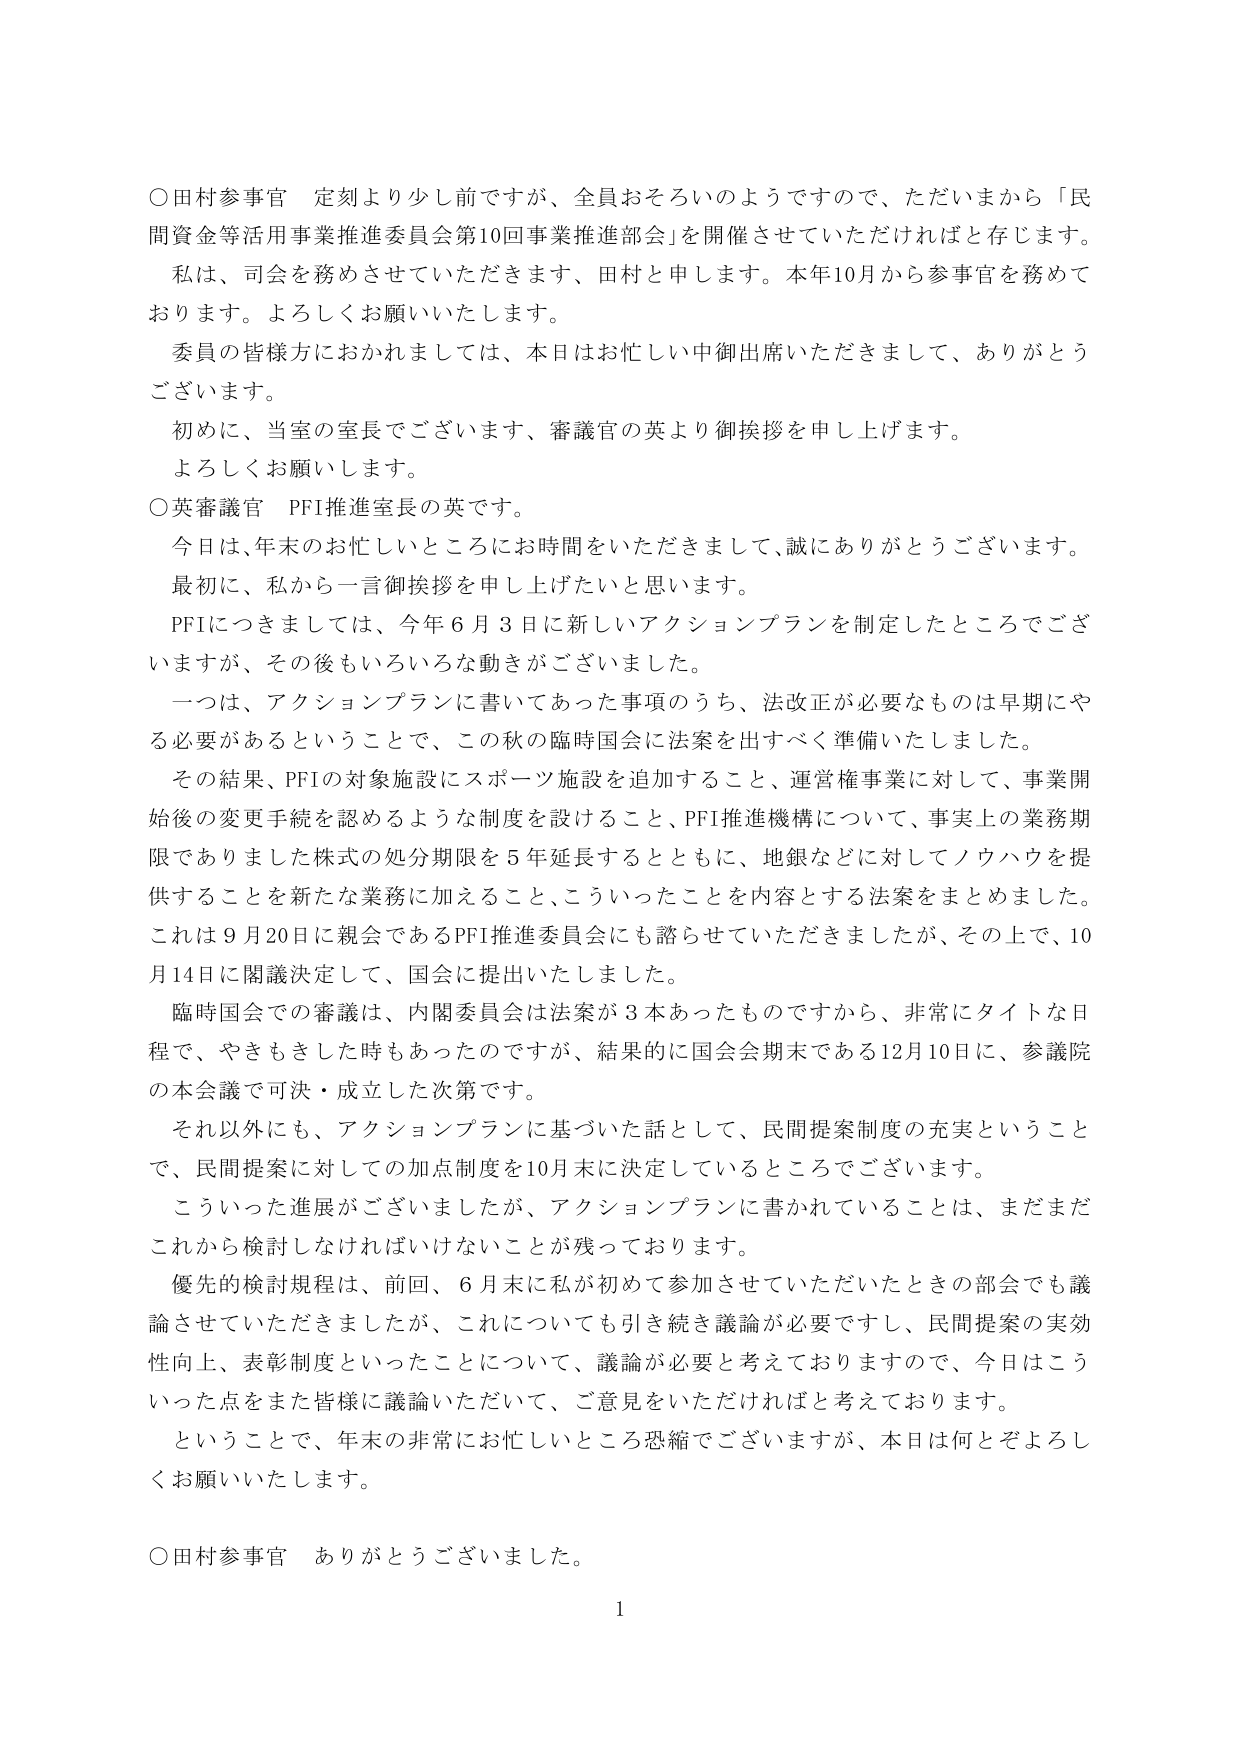
○田村参事官　定刻より少し前ですが、全員おそろいのようですので、ただいまから「民間資金等活用事業推進委員会第10回事業推進部会」を開催させていただければと存じます。
私は、司会を務めさせていただきます、田村と申します。本年10月から参事官を務めております。よろしくお願いいたします。
委員の皆様方におかれましては、本日はお忙しい中御出席いただきまして、ありがとうございます。
初めに、当室の室長でございます、審議官の英より御挨拶を申し上げます。
よろしくお願いします。
○英審議官　PFI推進室長の英です。
今日は、年末のお忙しいところにお時間をいただきまして、誠にありがとうございます。
最初に、私から一言御挨拶を申し上げたいと思います。
PFIにつきましては、今年6月3日に新しいアクションプランを制定したところでございますが、その後もいろいろな動きがございました。
一つは、アクションプランに書いてあった事項のうち、法改正が必要なものは早期にやる必要があるということで、この秋の臨時国会に法案を出すべく準備いたしました。
その結果、PFIの対象施設にスポーツ施設を追加すること、運営権事業に対して、事業開始後の変更手続を認めるような制度を設けること、PFI推進機構について、事実上の業務期限でありました株式の処分期限を5年延長するとともに、地銀などに対してノウハウを提供することを新たな業務に加えること、こういったことを内容とする法案をまとめました。
これは9月20日に親会であるPFI推進委員会にも諮らせていただきましたが、その上で、10月14日に閣議決定して、国会に提出いたしました。
臨時国会での審議は、内閣委員会は法案が3本あったものですから、非常にタイトな日程で、やきもきした時もあったのですが、結果的に国会会期末である12月10日に、参議院の本会議で可決・成立した次第です。
それ以外にも、アクションプランに基づいた話として、民間提案制度の充実ということで、民間提案に対しての加点制度を10月末に決定しているところでございます。
こういった進展がございましたが、アクションプランに書かれていることは、まだまだこれから検討しなければいけないことが残っております。
優先の検討規程は、前回、6月末に私が初めて参加させていただいたときの部会でも議論させていただきましたが、これについても引き続き議論が必要ですし、民間提案の実効性向上、表彰制度といったことについて、議論が必要と考えておりますので、今日はこういった点をまた皆様に議論いただいて、ご意見をいただければと考えております。
ということで、年末の非常にお忙しいところ恐縮でございますが、本日は何とぞよろしくお願いいたします。
○田村参事官　ありがとうございました。
1